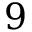
9